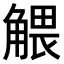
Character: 𧤖